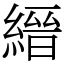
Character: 縉